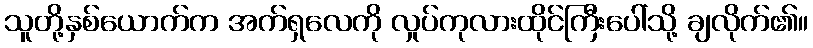
သူတို့နှစ်ယောက်က အက်ရှလေကို လှုပ်ကုလားထိုင်ကြီးပေါ်သို့ ချလိုက်၏။